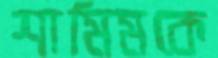
শামিমকে